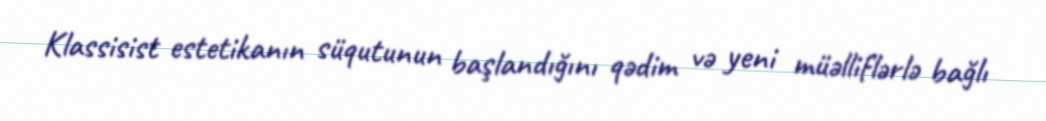
Klassisist estetikanın süqutunun başlandığını qədim və yeni müəlliflərlə bağlı